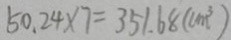
5 0 . 2 4 \times 7 = 3 5 1 . 6 8 ( c m ^ { 3 } )